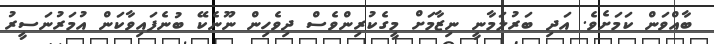
ބާއްވަން ކަމަށެވެ. އަދި ބަރުލަމާނީ ނިޒާމަށް މީގެކުރިންވެސް ދިވެހިން ނޫނެކޭ ބުނެފައިވާކަން އުމަރުނަސީރު